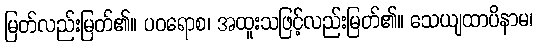
မြတ်လည်းမြတ်၏။ ပဝရောစ၊ အထူးသဖြင့်လည်းမြတ်၏။ သေယျထာပိနာမ၊